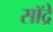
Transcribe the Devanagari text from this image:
सॉद्रे